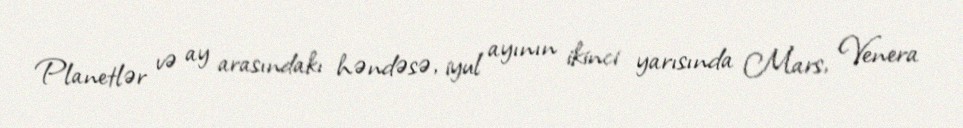
Planetlər və ay arasındakı həndəsə, iyul ayının ikinci yarısında Mars, Venera